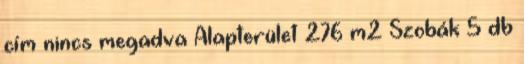
cím nincs megadva Alapterület 276 m2 Szobák 5 db